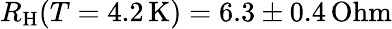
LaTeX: R_{\mathrm{H}}(T=4.2\, \mathrm{K})=6.3\pm 0.4\, \mathrm{Ohm}